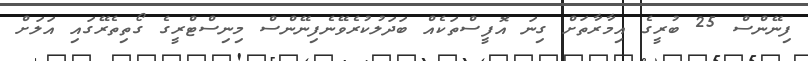
ފިނޭންސް 25 ބުރީގެ އިމާރާތަށް ގިނަ އޮފީސްތަކެއް ބަދަލުކުރެވޭނެފިނޭންސް މިނިސްޓްރީގެ ގޯތިތެރޭގައި އަލަށް